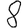
Digit: 8